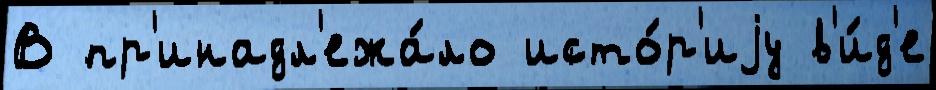
В пр'инадл'ежа́ло исто́р'иjу в'и́д'е